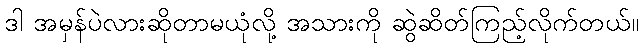
ဒါ အမှန်ပဲလားဆိုတာမယုံလို့ အသားကို ဆွဲဆိတ်ကြည့်လိုက်တယ်။